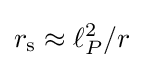
r_{\text{s}}\approx \ell _{P}^{2}/r